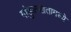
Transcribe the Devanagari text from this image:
गांडुळखतामध्ये